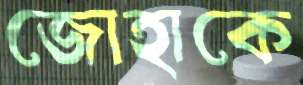
জোহাকে